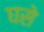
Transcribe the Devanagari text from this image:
घसे